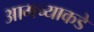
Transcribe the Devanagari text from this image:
आमच्‍याकडे